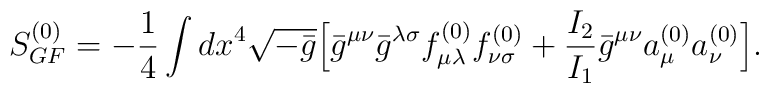
S_{GF}^{(0)} = -\frac{1}{4}\int dx^4\sqrt{-\bar{g}}\Bigl[\bar{g}^{\mu \nu}\bar{g}^{\lambda \sigma}f_{\mu \lambda}^{(0)}f_{\nu \sigma}^{(0)}+\frac{I_2}{I_1}\bar{g}^{\mu \nu}a_{\mu}^{(0)}a_{\nu}^{(0)}\Bigr].